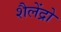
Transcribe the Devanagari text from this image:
शैलेंद्रो